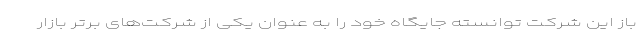
باز این شرکت توانسته جایگاه خود را به عنوان یکی از شرکت‌های برتر بازار